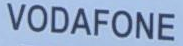
VODAFONE